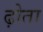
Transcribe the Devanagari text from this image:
ढ़ोता